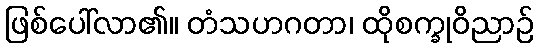
ဖြစ်ပေါ်လာ၏။ တံသဟဂတာ၊ ထိုစက္ခုဝိညာဉ်